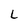
Character: L